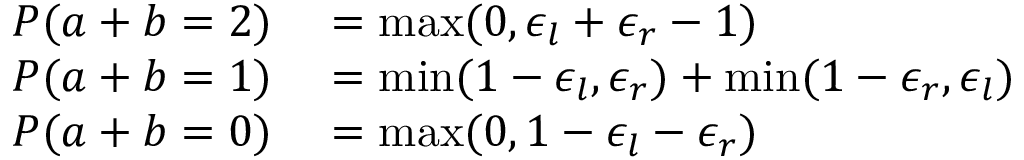
\begin{array} { r l } { P ( a + b = 2 ) } & { { } = \operatorname* { m a x } ( 0 , \epsilon _ { l } + \epsilon _ { r } - 1 ) } \\ { P ( a + b = 1 ) } & { { } = \operatorname* { m i n } ( 1 - \epsilon _ { l } , \epsilon _ { r } ) + \operatorname* { m i n } ( 1 - \epsilon _ { r } , \epsilon _ { l } ) } \\ { P ( a + b = 0 ) } & { { } = \operatorname* { m a x } ( 0 , 1 - \epsilon _ { l } - \epsilon _ { r } ) } \end{array}